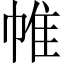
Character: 帷